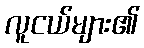
လူငယ်များ၏